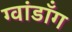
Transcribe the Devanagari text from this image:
ग्वांडॉंग